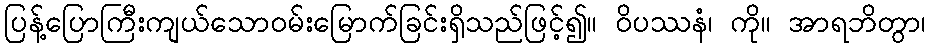
ပြန့်ပြောကြီးကျယ်သောဝမ်းမြောက်ခြင်းရှိသည်ဖြင့်၍။ ဝိပဿနံ၊ ကို။ အာရဘိတွာ၊